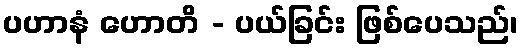
ပဟာနံ ဟောတိ - ပယ်ခြင်း ဖြစ်ပေသည်၊